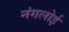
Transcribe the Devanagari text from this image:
नंगलोई